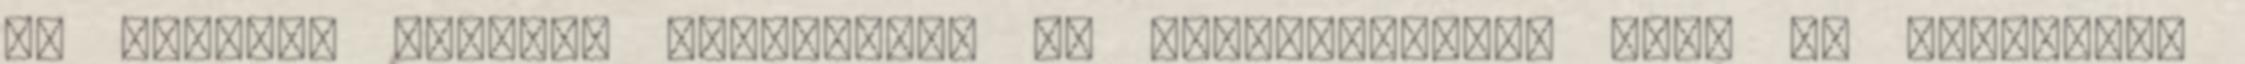
ám pánikot kelteni színjáték. ·· Beárnyékolták ezek az események